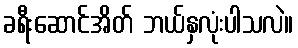
ခရီးဆောင်အိတ် ဘယ်နှလုံးပါသလဲ။